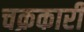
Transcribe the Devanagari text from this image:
चक्रकारी